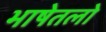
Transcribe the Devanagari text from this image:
भाषेतलो